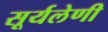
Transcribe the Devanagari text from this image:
सूर्यलेणी